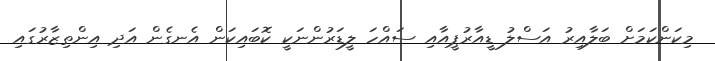
މިކަންކަމަށް ބަލާއިރު އަސްލު ޑީއާރުޕީއާއި ސައްހަ ލީޑަރުންނަކީ ކޮބައިކަން އެނގެން އަދި އިންތިޒާރުގައި